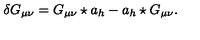
\delta G _ { \mu \nu } = G _ { \mu \nu } \star a _ { h } - a _ { h } \star G _ { \mu \nu } .